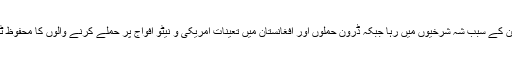
سنہ 2010 میں بھی جنوبی وزیرستان متوقع آپریشن کے سبب شہ شرخیوں میں رہا جبکہ ڈرون حملوں اور افغانستان میں تعینات امریکی و نیٹو افواج پر حملے کرنے والوں کا محفوظ ٹھکانہ بھی اسی وزیرستان کو قرار دیا جاتا رہا ہے۔